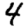
Digit: 4